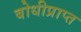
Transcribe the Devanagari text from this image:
बोधीप्राप्त